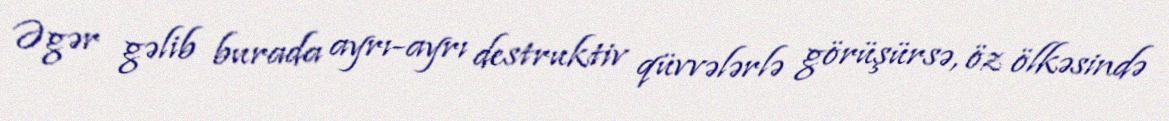
Əgər gəlib burada ayrı-ayrı destruktiv qüvvələrlə görüşürsə, öz ölkəsində